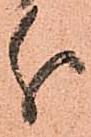
分